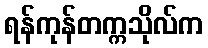
ရန်ကုန်တက္ကသိုလ်က